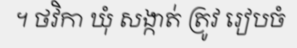
។ ថវិកា ឃុំ សង្កាត់ ត្រូវ រៀបចំ